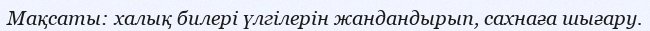
Мақсаты: халық билері үлгілерін жандандырып, сахнаға шығару.